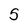
Character: 5